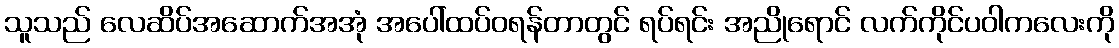
သူသည် လေဆိပ်အဆောက်အအုံ အပေါ်ထပ်ဝရန်တာတွင် ရပ်ရင်း အညိုရောင် လက်ကိုင်ပဝါကလေးကို